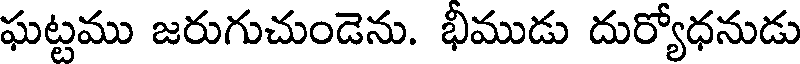
ఘట్టము జరుగుచుండెను. భీముడు దుర్యోధనుడు